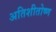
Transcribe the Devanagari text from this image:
अतिशीतोष्ण